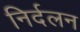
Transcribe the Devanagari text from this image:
निर्दलन